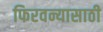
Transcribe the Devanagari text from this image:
फिरवन्यासाठी